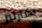
تشارليز